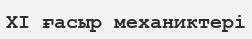
XI ғасыр механиктері